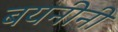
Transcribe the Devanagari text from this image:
बयनीनी